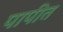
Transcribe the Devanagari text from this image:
पापीत